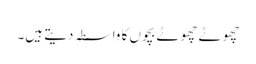
چھوٹے چھوٹے بچوں کا واسطہ دیتے ہیں۔